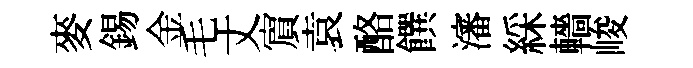
麥錫金毛丈賔袁酪饌瀋綵轖峻